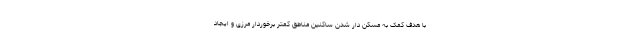
با هدف کمک به مسکن دار شدن ساکنین مناطق کمتر برخوردار مرزی و ایجاد